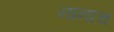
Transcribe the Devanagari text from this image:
नानाच